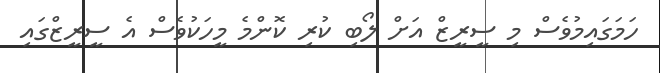
ހަމަގައިމުވެސް މި ސީރީޒް އަށް ލޯބި ކުރި ކޮންމެ މީހަކުވެސް އެ ސީރީޒްގައި